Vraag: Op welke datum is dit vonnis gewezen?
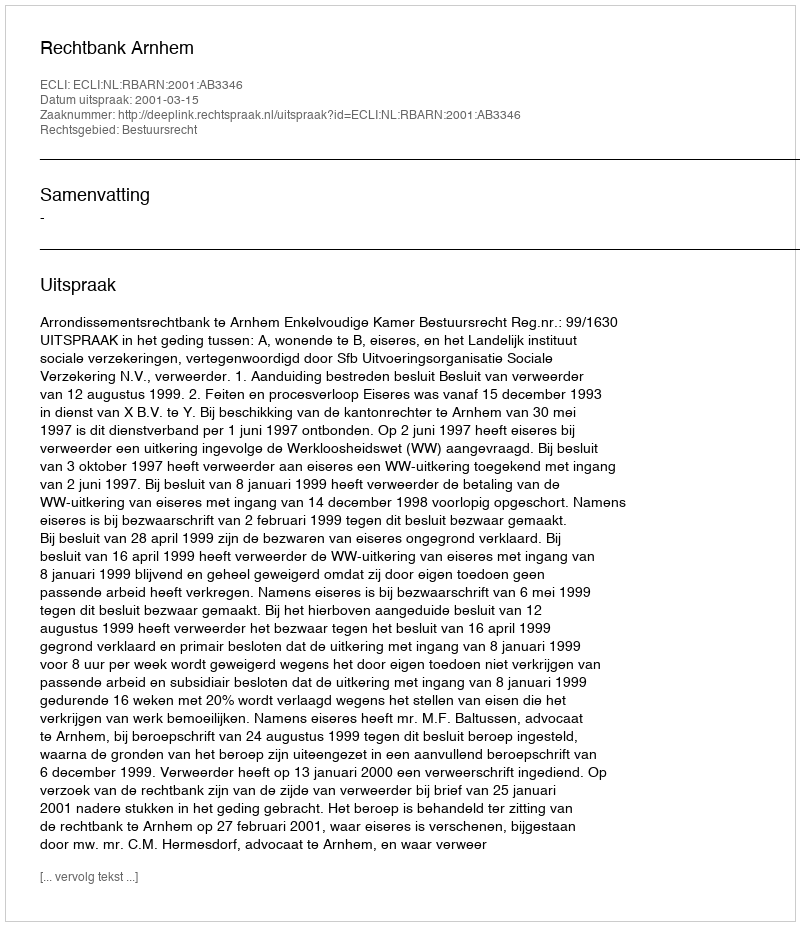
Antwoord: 2001-03-15